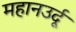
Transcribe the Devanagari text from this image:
महानउर्दू